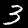
Label: 3